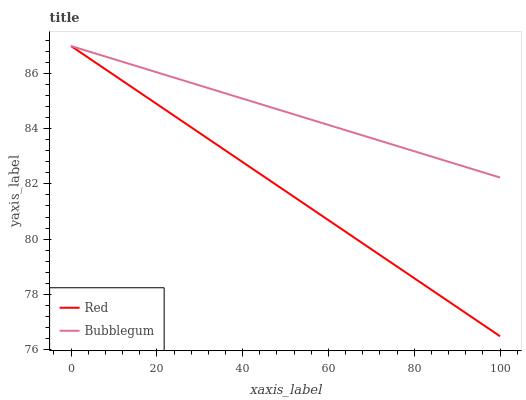
| xaxis_label | Red | Bubblegum |
 | --- | --- | --- |
 | 0 | 87 | 87 |
 | 14.3 | 85.5 | 86.3 |
 | 28.6 | 84 | 85.6 |
 | 42.9 | 82.5 | 85 |
 | 57.1 | 81 | 84.3 |
 | 71.4 | 79.5 | 83.6 |
 | 85.7 | 78 | 82.9 |
 | 100 | 76.5 | 82.2 |